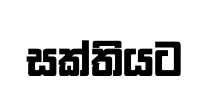
සක්තියට